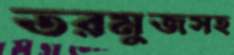
তরমুজসহ